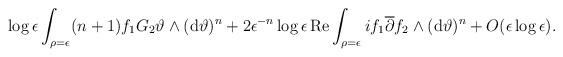
LaTeX: \begin{gather*}\log\epsilon\int_{\rho=\epsilon}(n+1)f_1G_2\vartheta\wedge({\rm d}\vartheta)^n+2\epsilon^{-n}\log\epsilon \operatorname{Re}\int_{\rho=\epsilon}if_1\overline{\partial}f_2\wedge({\rm d}\vartheta)^n+O(\epsilon\log\epsilon).\end{gather*}